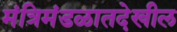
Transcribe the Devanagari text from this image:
मंत्रिमंडळातदेखील